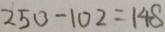
2 5 0 - 1 0 2 = 1 4 8